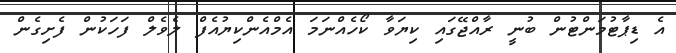
އެ ޑިޕާޓުމަންޓުން ބުނީ ރާއްޖޭގައި ކިޔަވާ ކޯހެއްނަމަ އެމްއެންކިޔުއެފް ލެވެލް ފަހަކުން ފެށިގެން